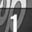
Digit: 1